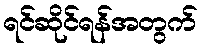
ရင်ဆိုင်ရန်အတွက်